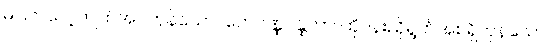
မပြတ်လေ့ကျက်အပ်ကုန်သော။ တေပဏ္ဏပန္ထတာ၊ ထိုပန်းညိုရွတ်အစရှိကုန်သော